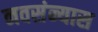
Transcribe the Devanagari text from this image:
नवसंन्यास